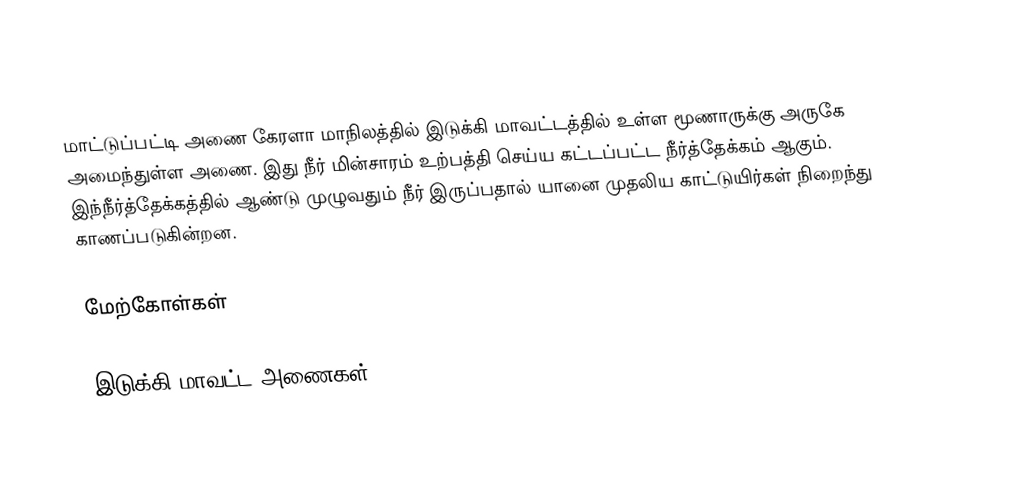
மாட்டுப்பட்டி அணை கேரளா மாநிலத்தில் இடுக்கி மாவட்டத்தில் உள்ள மூணாருக்கு அருகே அமைந்துள்ள அணை. இது நீர் மின்சாரம் உற்பத்தி செய்ய கட்டப்பட்ட நீர்த்தேக்கம் ஆகும். இந்நீர்த்தேக்கத்தில் ஆண்டு முழுவதும் நீர் இருப்பதால் யானை முதலிய காட்டுயிர்கள் நிறைந்து காணப்படுகின்றன.

மேற்கோள்கள்

இடுக்கி மாவட்ட அணைகள்